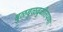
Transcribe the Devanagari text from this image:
बुळबुळबुळीतपणा